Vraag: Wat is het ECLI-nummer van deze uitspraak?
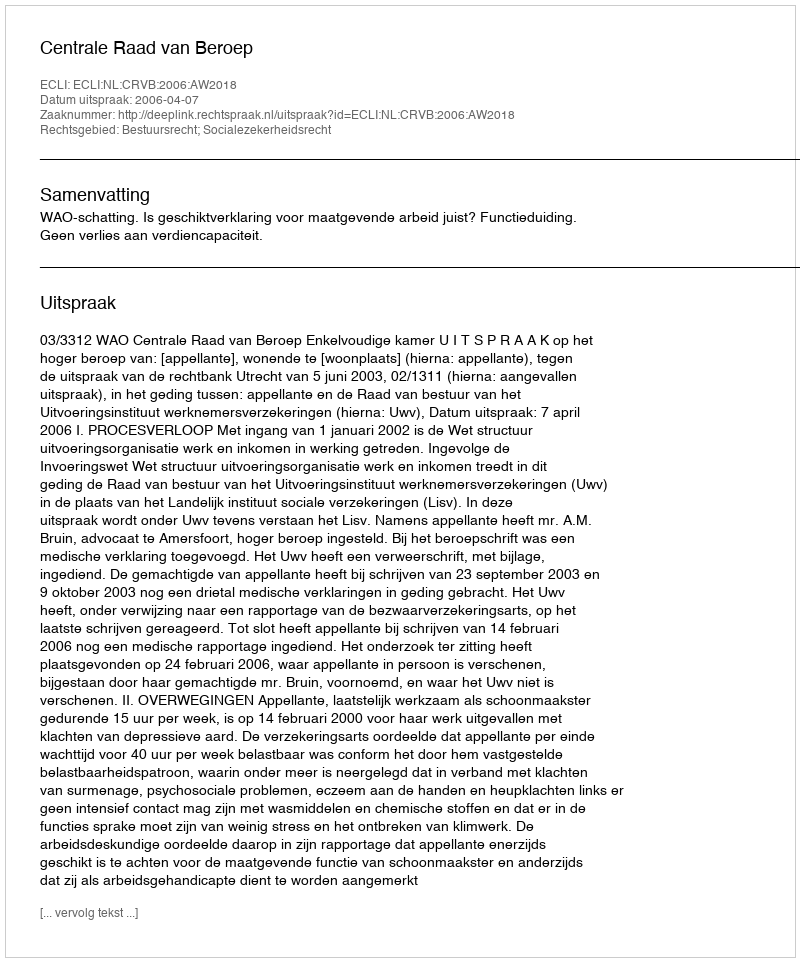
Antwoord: ECLI:NL:CRVB:2006:AW2018